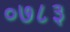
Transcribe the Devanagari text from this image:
०७८३